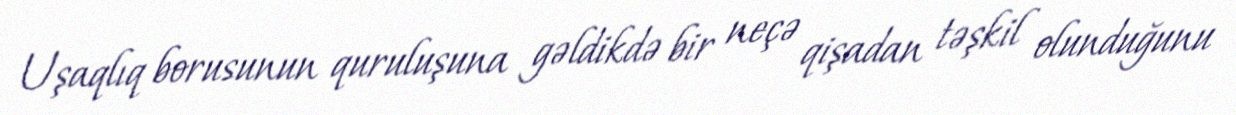
Uşaqlıq borusunun quruluşuna gəldikdə bir neçə qişadan təşkil olunduğunu